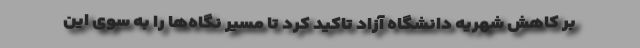
بر کاهش شهریه دانشگاه آزاد تاکید کرد تا مسیر نگاه‌ها را به سوی این